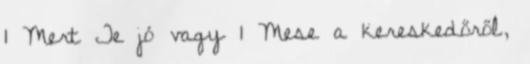
1 Mert Te jó vagy 1 Mese a kereskedőről,